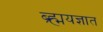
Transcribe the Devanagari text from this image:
ब्र्ह्मयज्ञात